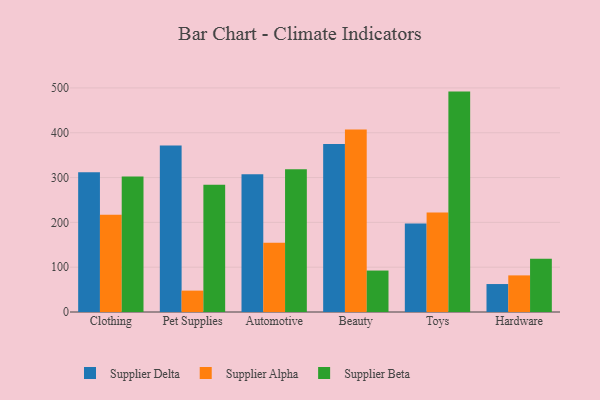
{"axis": {"x": "Category", "y": "Humidity (%)"}, "legend": ["Supplier Alpha", "Supplier Beta", "Supplier Delta"], "data": [{"x": "Clothing", "y": 311.6, "type": "Supplier Delta"}, {"x": "Clothing", "y": 216.8, "type": "Supplier Alpha"}, {"x": "Clothing", "y": 302.4, "type": "Supplier Beta"}, {"x": "Pet Supplies", "y": 371.8, "type": "Supplier Delta"}, {"x": "Pet Supplies", "y": 47.7, "type": "Supplier Alpha"}, {"x": "Pet Supplies", "y": 284.2, "type": "Supplier Beta"}, {"x": "Automotive", "y": 307.1, "type": "Supplier Delta"}, {"x": "Automotive", "y": 154.4, "type": "Supplier Alpha"}, {"x": "Automotive", "y": 318.4, "type": "Supplier Beta"}, {"x": "Beauty", "y": 374.8, "type": "Supplier Delta"}, {"x": "Beauty", "y": 407.2, "type": "Supplier Alpha"}, {"x": "Beauty", "y": 92.5, "type": "Supplier Beta"}, {"x": "Toys", "y": 197.3, "type": "Supplier Delta"}, {"x": "Toys", "y": 222.1, "type": "Supplier Alpha"}, {"x": "Toys", "y": 491.8, "type": "Supplier Beta"}, {"x": "Hardware", "y": 62.4, "type": "Supplier Delta"}, {"x": "Hardware", "y": 81.7, "type": "Supplier Alpha"}, {"x": "Hardware", "y": 119.0, "type": "Supplier Beta"}]}